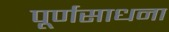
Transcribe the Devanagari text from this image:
पूर्णसाधना